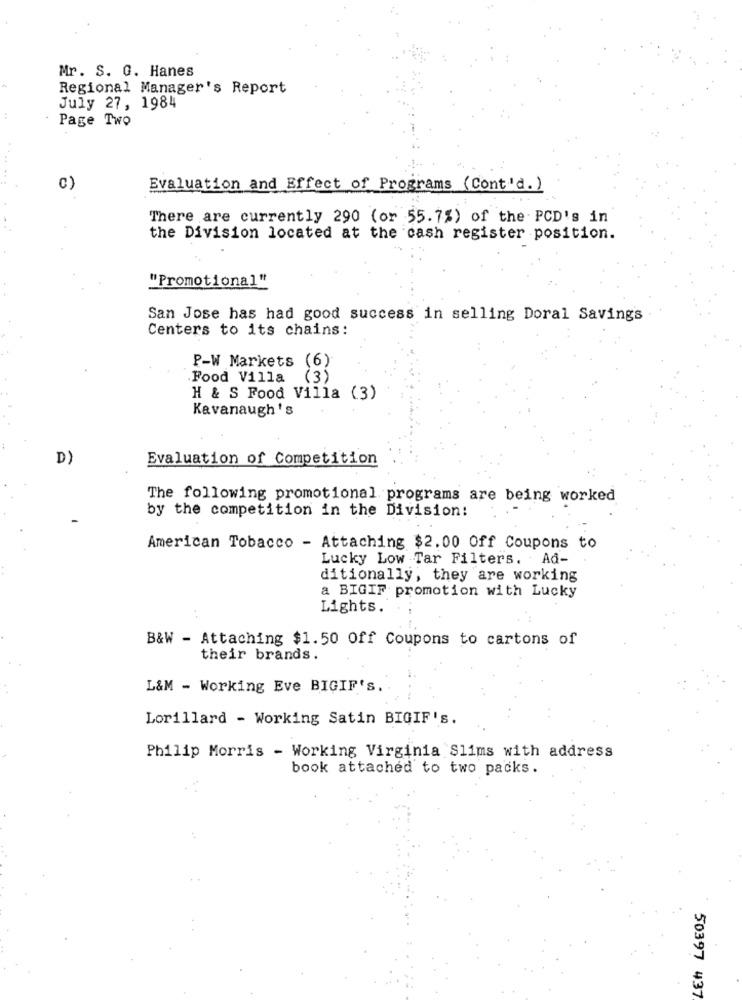
Mr. S. G. Hanes
Regional Manager's Report
July 27, 1984
Page Two
C)
Evaluation and Effect of Programs (Cont'd. )
There are currently 290 (or 55.7%) of the PCD's in
the Division located at the cash register position.
"Promotional"
San Jose has had good success in selling Doral Saving's
Centers to its chains:
P-W Markets (6)
Food Villa
(3)
H & S Food Villa (3)
Kavanaugh's
D)
Evaluation of Competition
The following promotional programs are being worked
by the competition in the Division:
American Tobacco - Attaching $2.00 Off Coupons to
Lucky Low Tar Filters. - Ad-
ditionally, they are working
a BIGIF promotion with Lucky
Lights.
B&W - Attaching $1.50 Off Coupons to cartons of
their brands.
L&M - Working Eve BIGIF'S.
Lorillard - Working Satin BIGIF's.
Philip Morris - Working Virginia Slims with address
book attached to two packs.
50397 437